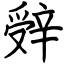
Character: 辤